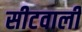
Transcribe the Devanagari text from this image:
सीटवाली